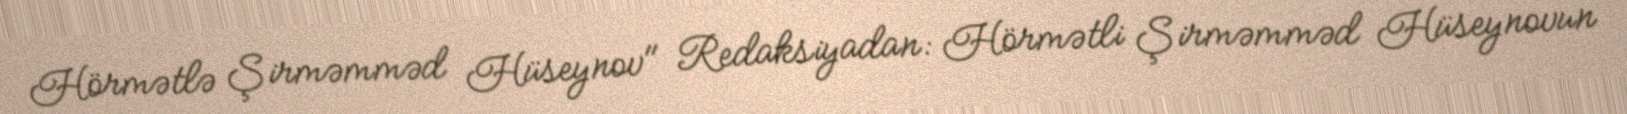
Hörmətlə Şirməmməd Hüseynov" Redaksiyadan: Hörmətli Şirməmməd Hüseynovun